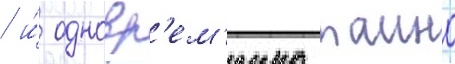
/ и́ одновр'ем'енно таино